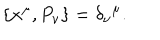
\{ x ^ { \mu } , P _ { \nu } \} = \delta _ { \nu } \hspace { 0 . 1 m m } ^ { \mu } .